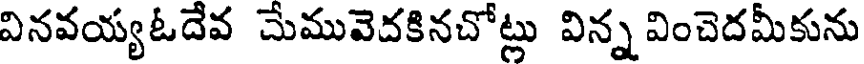
వినవయ్యఓదేవ చేమువెదకినచోట్లు విన్న వించెదమీకును